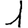
Digit: 1